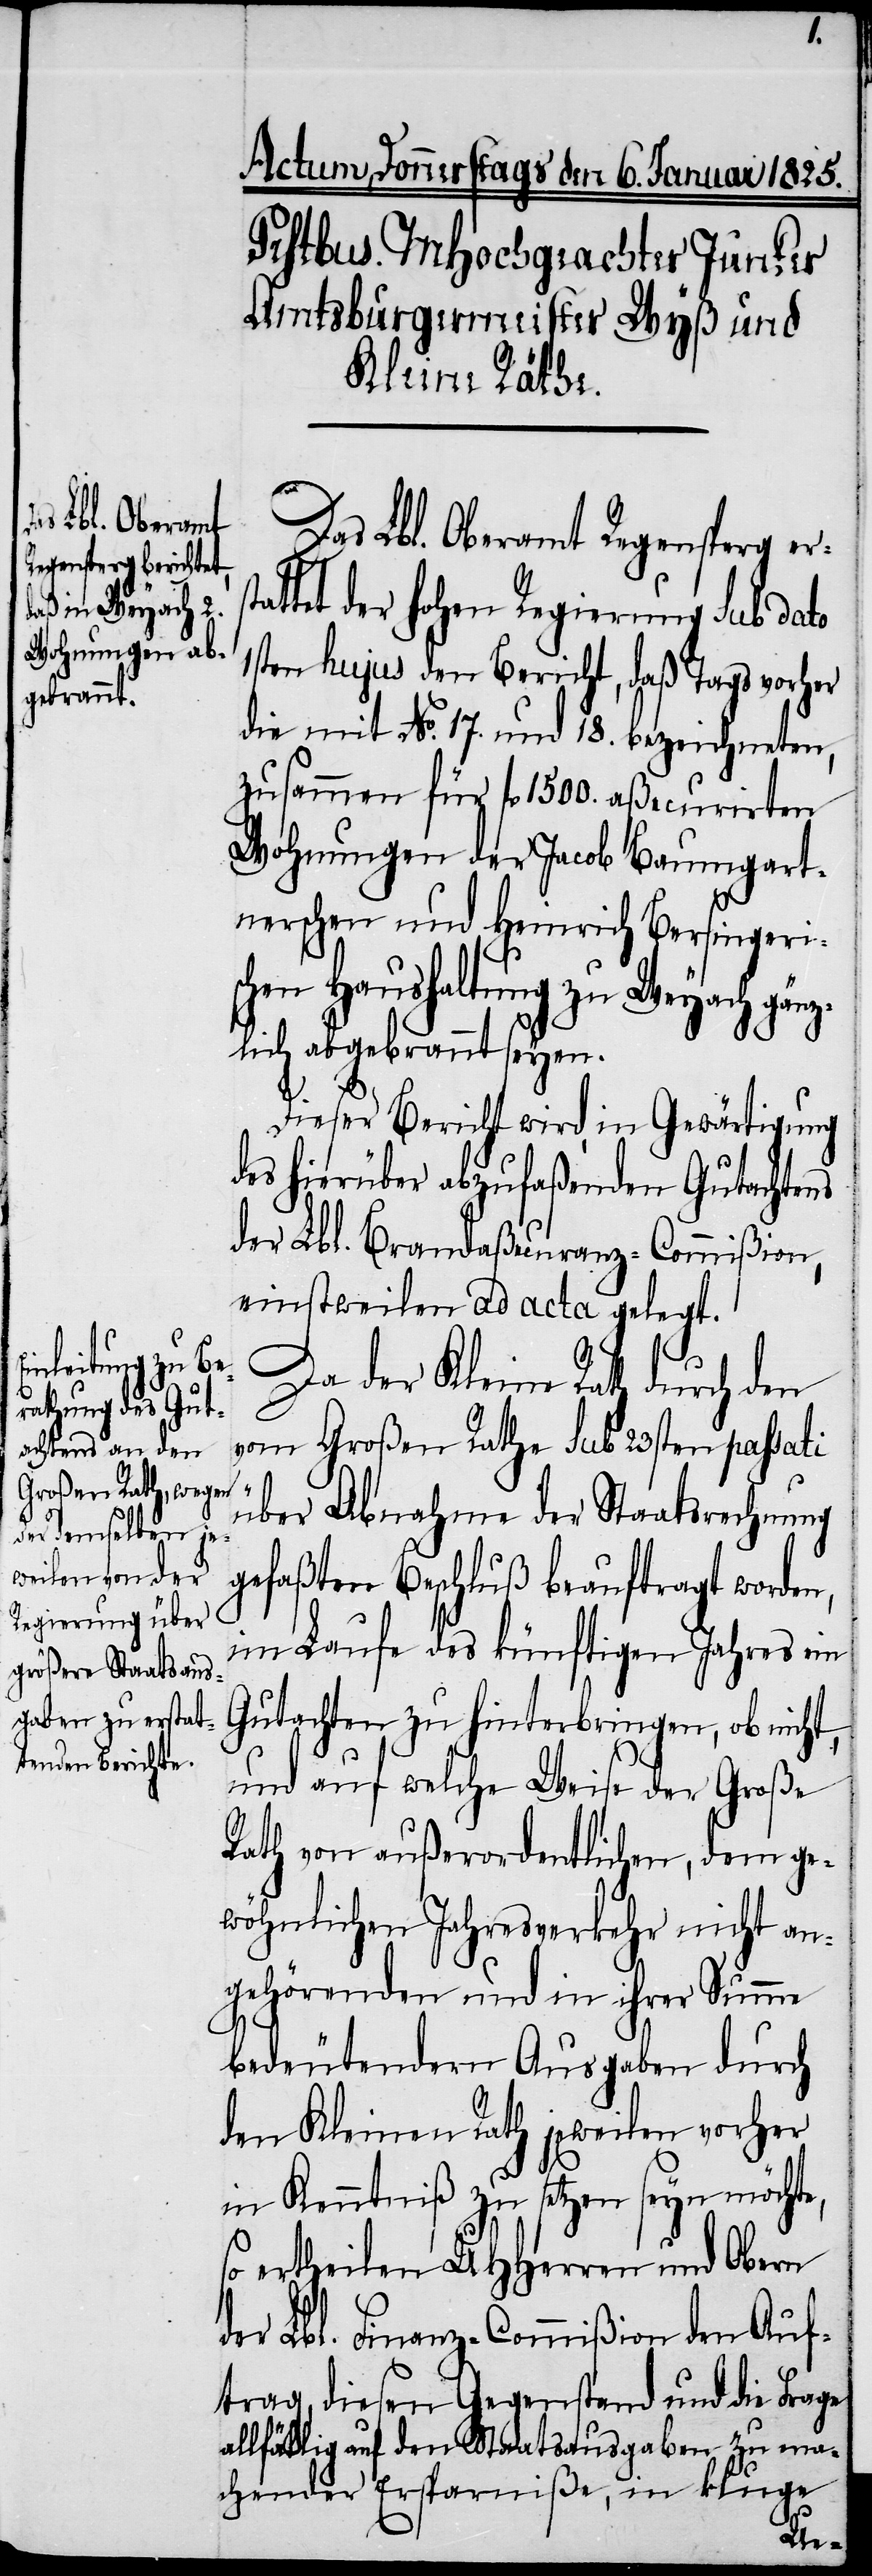
Das Lbl. Oberamt Regensperg ers¬
ttet der hohen Regierung sub dato
1sten hujus den Bericht, daß Tags vorher
die mit No. 17. und 18. bezeichneten,
zusammen für fl 1500. aßecurirten
Wohnungen der Jacob Baumgart¬
nerschen und Heinrich Bersingeri¬
schen Haushaltung zu Weyach gänz¬
lich abgebrannt seyen.
Dieser Bericht wird, in Gewärtigung
des hierüber abzufaßenden Gutachtens
der Lbl. Brandaßecuranz-Commißion,
einstweilen ad acta gelegt.
Da der Kleine Rath durch den
vom Großen Rathe sub 23sten passati
über Abnahme der Staatsrechnung
gefaßten Beschluß beauftragt worden,
im Laufe des künftigen Jahres ein
Gutachten zu hinterbringen, ob nicht,
und auf welche Weise der Große
Rath von außerordentlichen, dem ge¬
wöhnlichen Jahresverkehr nicht an¬
gehörenden und in ihrer Summe
bedeutendern Ausgaben durch
den Kleinen Rath jeweilen vorher
in Kenntniß zu setzen seyn möchte,
ertheilen UHHerren und Obern
der Lbl. Finanz-Commißion den Auf¬
trag, diesen Gegenstand und die Frage
allfällig auf den Staatsausgaben zu ma¬
chender Ersparniße, in kluge
ta¬